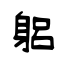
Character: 躳